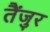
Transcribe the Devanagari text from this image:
तैंजुर